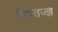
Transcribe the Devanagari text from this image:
विषतज्ज्ञ